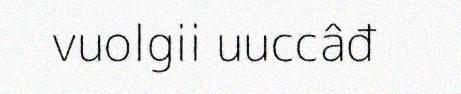
vuolgii uuccâđ